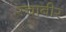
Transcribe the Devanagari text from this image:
स्चाबीर